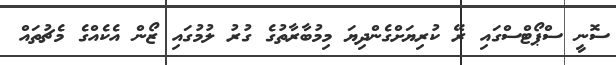
ސޮނީ ސްޕޯޓްސްގައި ރޭ ކުރިޔަށްގެންދިޔަ މިމުބާރާތުގެ ގުރު ލުމުގައި ޒޯން އެކެއްގެ މެޗުތައް